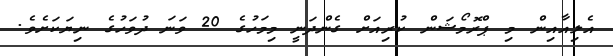
އެލިއާއިން މި ޕްރޮމޯޝަން ކުރިއަށް ގެންދަނީ މިމަހުގެ 20 ވަނަ ދުވަހުގެ ނިޔަކަށެވެ.